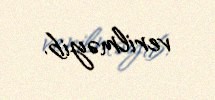
verilməyib.